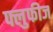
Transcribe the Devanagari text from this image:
फ्लुफीज